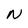
Character: N